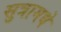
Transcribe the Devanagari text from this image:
सुत्रामधे